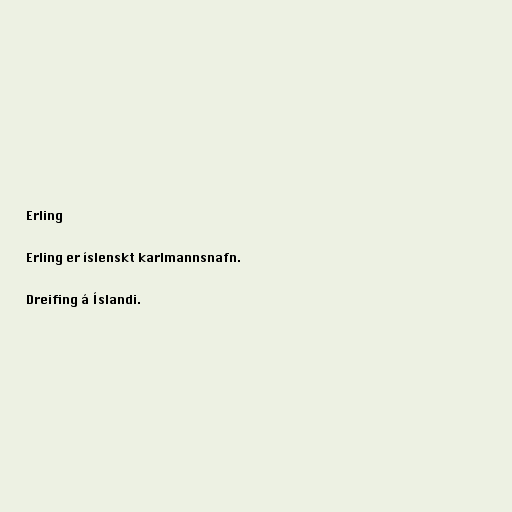
Erling

Erling er íslenskt karlmannsnafn.

Dreifing á Íslandi.